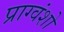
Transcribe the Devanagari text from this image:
प्राग्वंशो